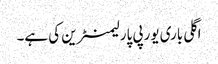
اگلی باری یورپی پارلیمنٹرین کی ہے۔